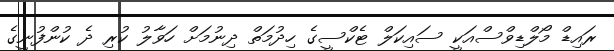
ރައިޑް މޯލްޑިވްސްއަކީ ސައިކަލް ޓެކްސީގެ ހިދުމަތް ދިނުމަށް ހަވާލު ކުރި ދެ ކުންފުނީގެ